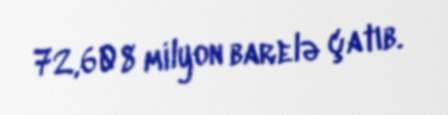
72,608 milyon barelə çatıb.